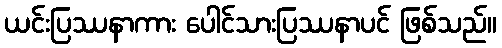
ယင်းပြဿနာကား ပေါင်သားပြဿနာပင် ဖြစ်သည်။